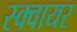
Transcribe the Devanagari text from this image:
स्‍क्‍वायर